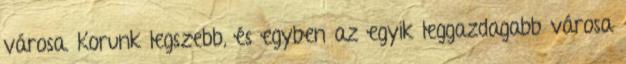
városa. Korunk legszebb, és egyben az egyik leggazdagabb városa